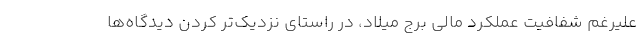
عليرغم شفافيت عملكرد مالي برج ميلاد، در راستاي نزديك‌تر كردن ديدگاه‌ها